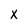
Character: x